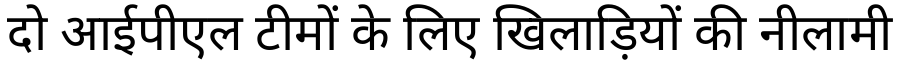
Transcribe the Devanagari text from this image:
दो आईपीएल टीमों के लिए खिलाड़ियों की नीलामी